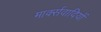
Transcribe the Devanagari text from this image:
मार्क्सवादियों